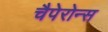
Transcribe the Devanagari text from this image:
चैपेरोन्स